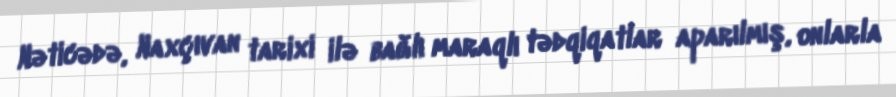
Nəticədə, Naxçıvan tarixi ilə bağlı maraqlı tədqiqatlar aparılmış, onlarla